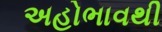
અહોભાવથી